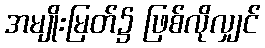
အမျိုးမြတ်၌ ဖြစ်လိုလျှင်